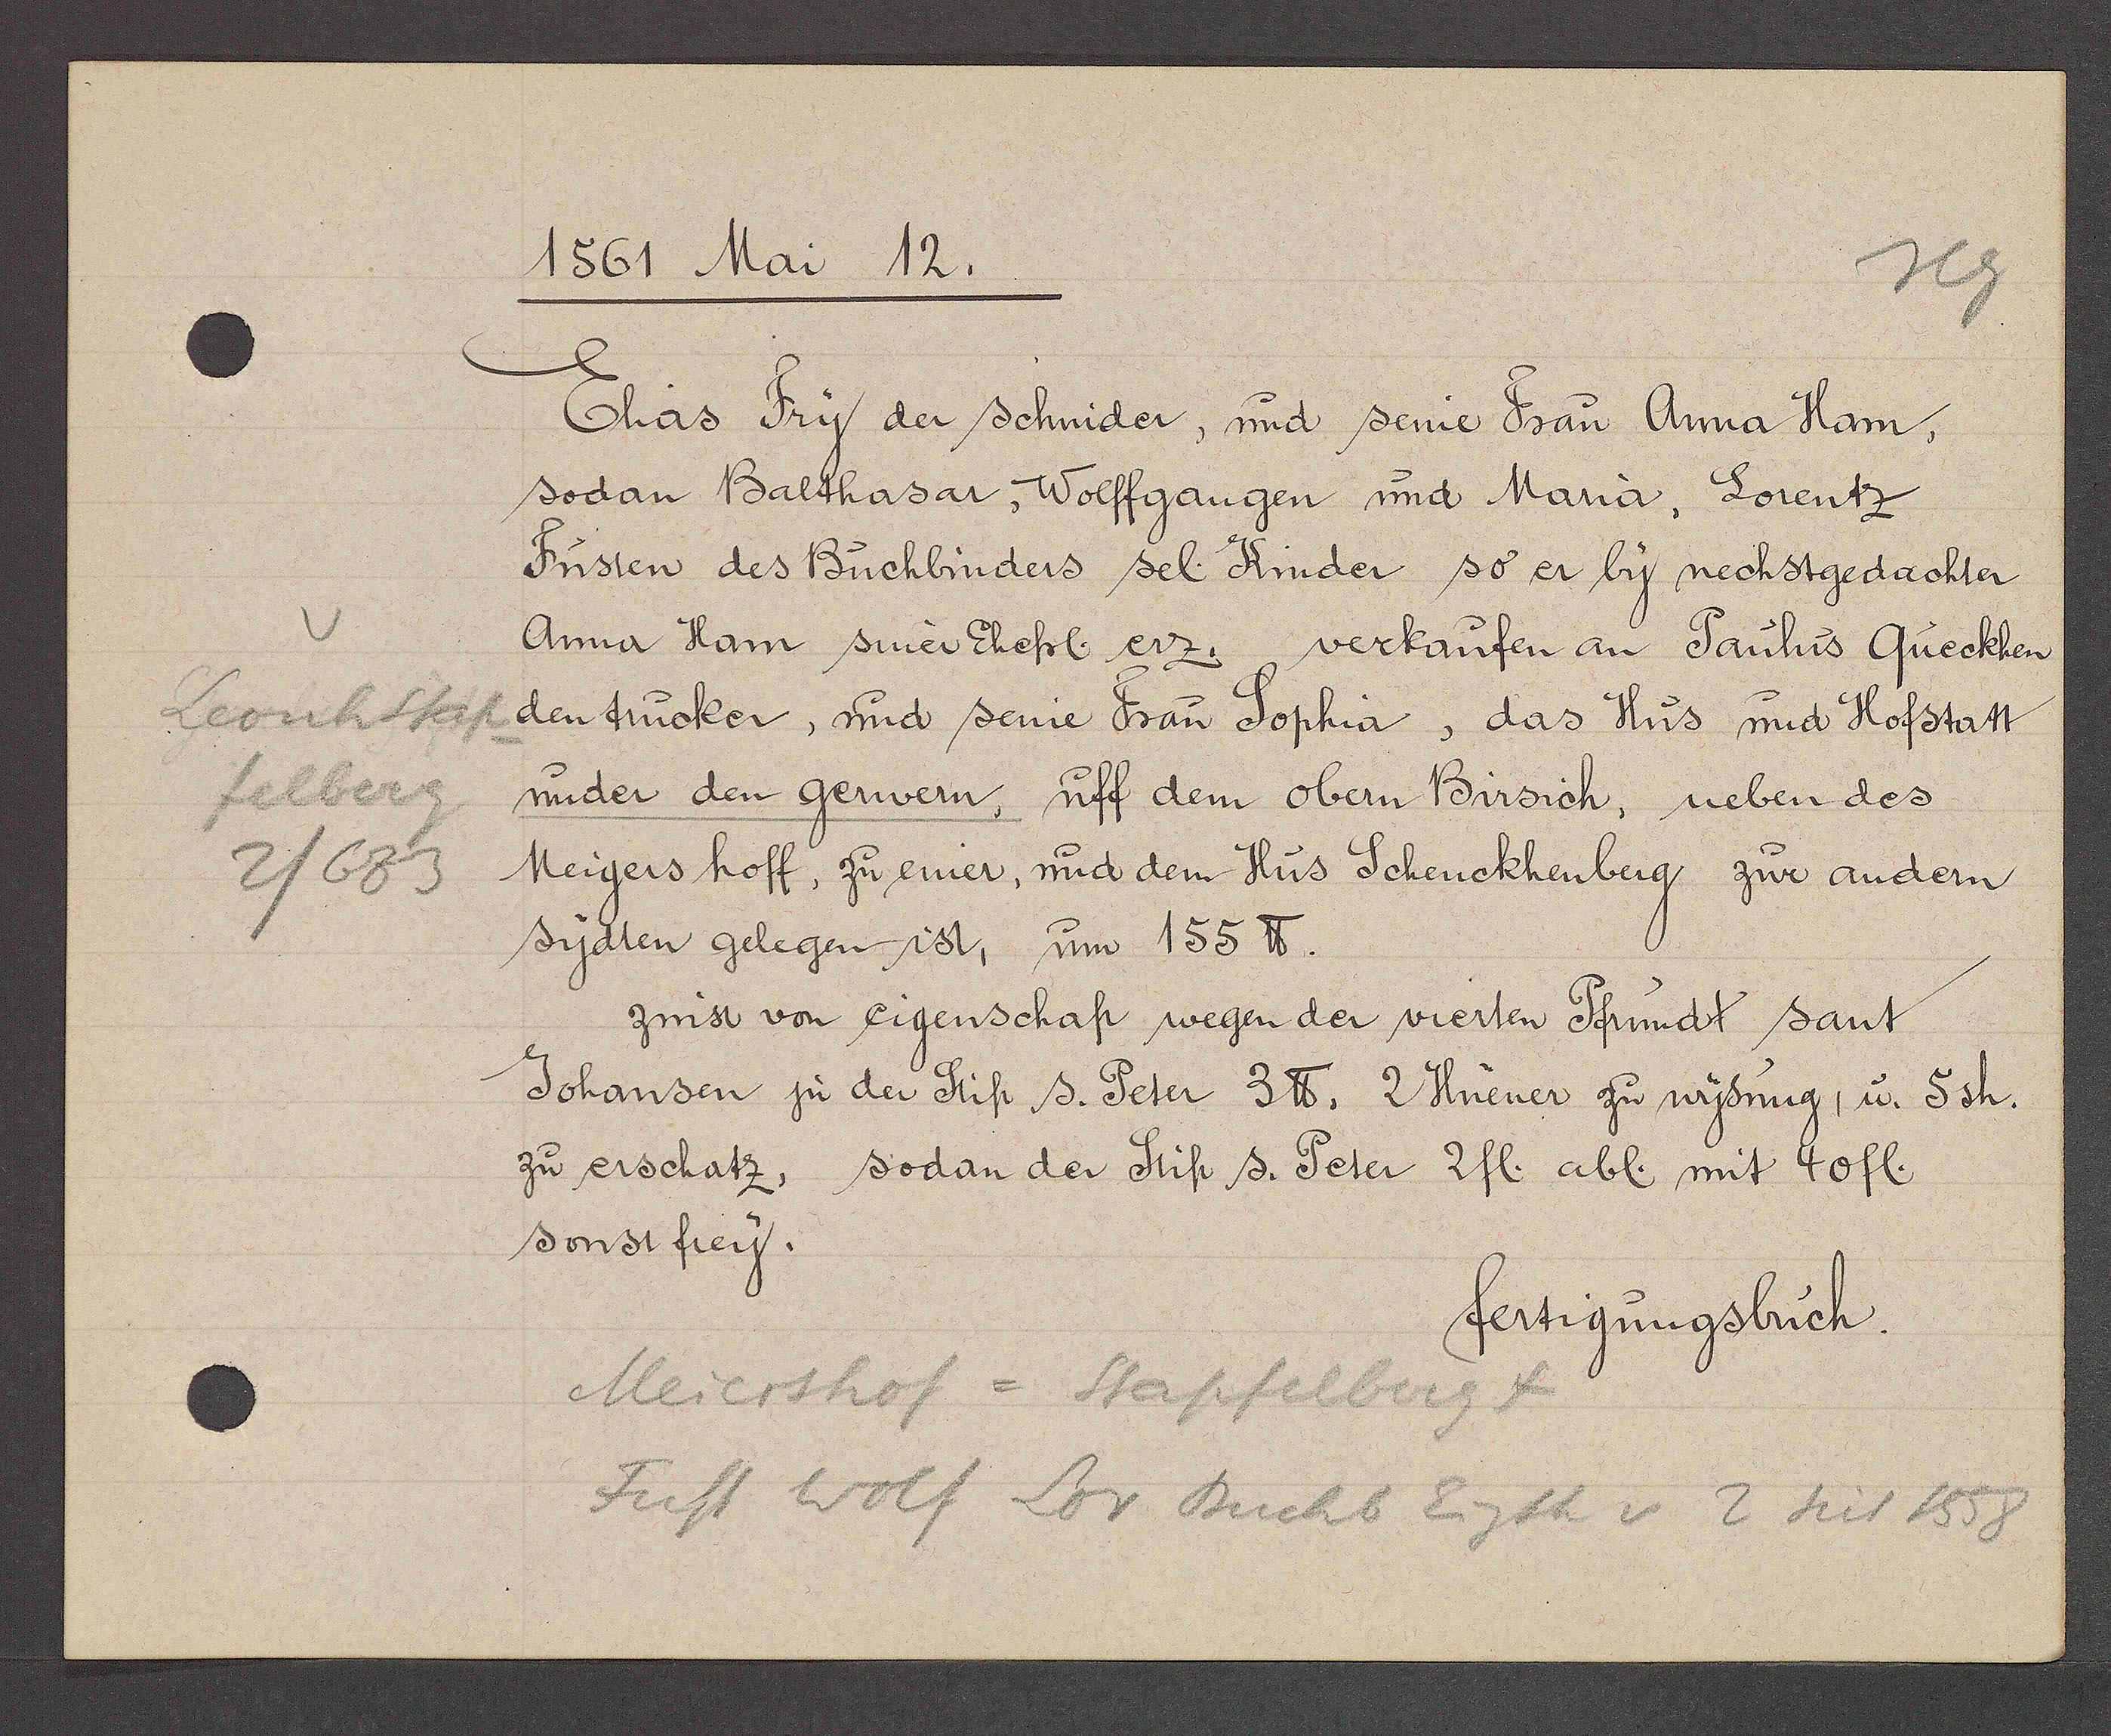
Transcript:
Leonhstap
felberg
2/683

1561 Mai 12.

Ehas Fry der schnider, und seine Frau Anna Ham,
sodan Balthasar, Wolffgangen und Maria, Lorentz
Fusten des Buchbinders sel. Kinder so er by nechstgedachter
Anna Ham siner Ehessl erz. verkaufen an Paulus Queckhen
dentrucker, und seine Frau Sophia, das Hus und Hofstatt
under den gerwern, uff dem obern Birsich, neben des
Meigers hoff, zu einer, und dem Hus Schenckhenberg zur andern
sydten gelegen ist, um 155 ℔.
zinst von eigenschaft wegen der vierten Pfrundt sant
Johansen jn der Stift s. Peter 3℔. 2 Huener zu wysung, u. 5sh.
zu erschatz, sodan der Stift s. Peter 2fl. abl. mit 40 fl.
sonst frey.

fertigungsbuch.

Meiershof = Stapfelberg 4
Fust wolf Lor Buchb Eigth v 2 seit 1558